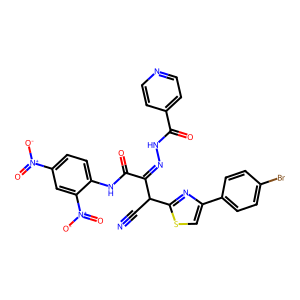
SMILES: N#CC(C(=NNC(=O)c1ccncc1)C(=O)Nc1ccc([N+](=O)[O-])cc1[N+](=O)[O-])c1nc(-c2ccc(Br)cc2)cs1
Inhibits HIV replication: No